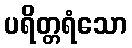
ပရိတ္တရံသော